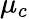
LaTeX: \mu_{c}